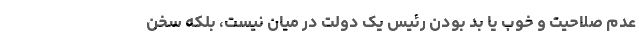
عدم صلاحیت و خوب یا بد بودن رئیس ‌یک دولت در میان نیست، بلکه سخن